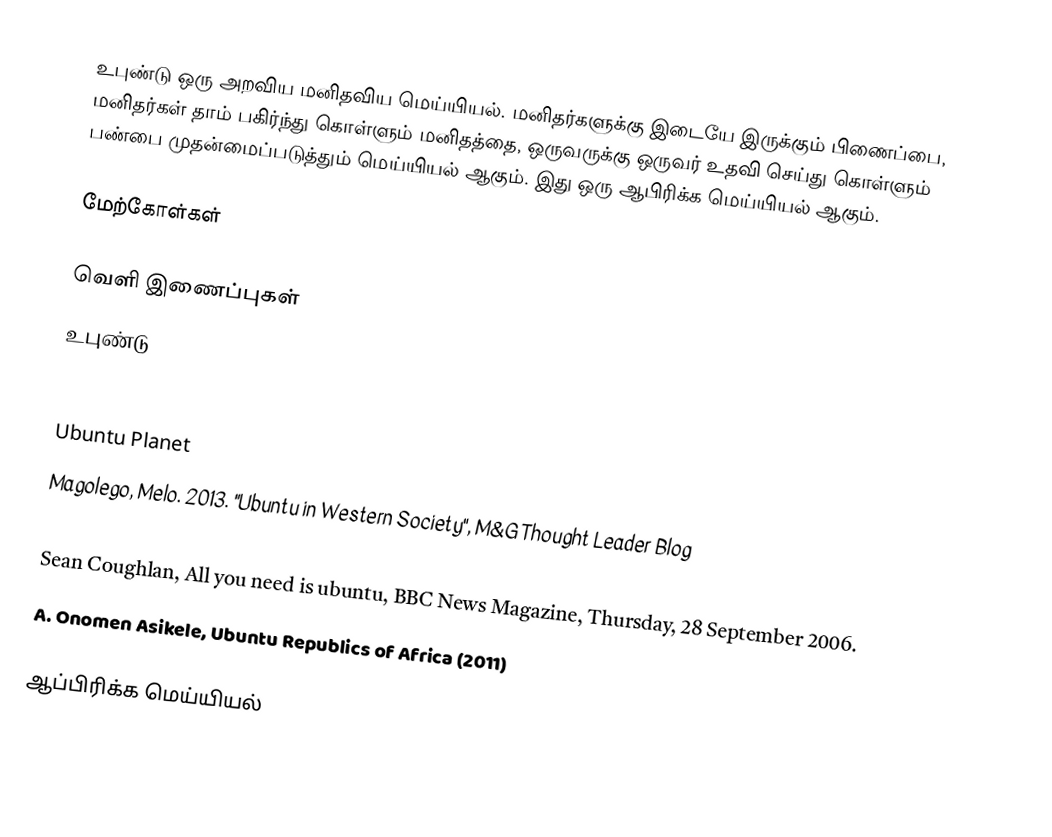
உபுண்டு ஒரு அறவிய மனிதவிய மெய்யியல். மனிதர்களுக்கு இடையே இருக்கும் பிணைப்பை, மனிதர்கள் தாம் பகிர்ந்து கொள்ளும் மனிதத்தை, ஒருவருக்கு ஒருவர் உதவி செய்து கொள்ளும் பண்பை முதன்மைப்படுத்தும் மெய்யியல் ஆகும். இது ஒரு ஆபிரிக்க மெய்யியல் ஆகும்.

மேற்கோள்கள்

வெளி இணைப்புகள்
 உபுண்டு

 Ubuntu Party
 Ubuntu Planet
 Magolego, Melo. 2013. "Ubuntu in Western Society", M&G Thought Leader Blog
 Sonal Panse, Ubuntu – African Philosophy (buzzle.com)
 Sean Coughlan, All you need is ubuntu, BBC News Magazine,  Thursday, 28 September 2006.
 A. Onomen Asikele, Ubuntu Republics of Africa  (2011)

ஆப்பிரிக்க மெய்யியல்